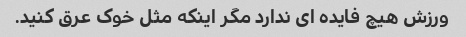
ورزش هیچ فایده ای ندارد مگر اینکه مثل خوک عرق کنید.